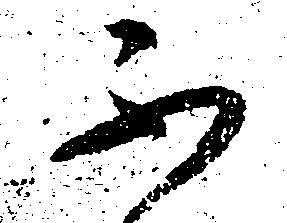
不